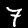
Label: 7